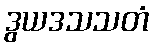
ဒွယဒသသတံ